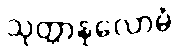
သုတ္တာနုလောမံ